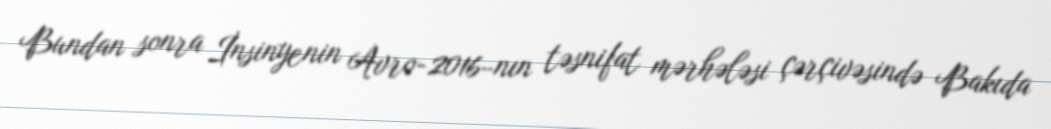
Bundan sonra İnsinyenin Avro-2016-nın təsnifat mərhələsi çərçivəsində Bakıda